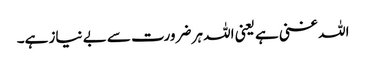
اللہ غنی ہے یعنی اللہ ہر ضرورت سے بے نیاز ہے۔